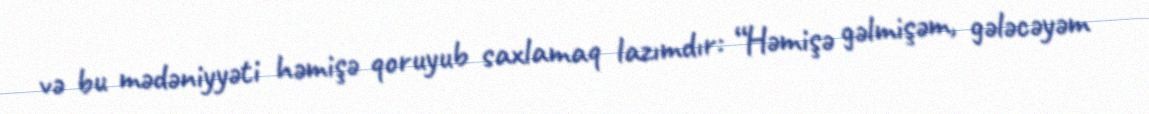
və bu mədəniyyəti həmişə qoruyub saxlamaq lazımdır: “Həmişə gəlmişəm, gələcəyəm